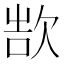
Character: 𬅨